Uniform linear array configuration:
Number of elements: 12
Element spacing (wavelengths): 0.25
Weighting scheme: uniform
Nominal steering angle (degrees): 30
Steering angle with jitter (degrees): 28.448
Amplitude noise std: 0.05
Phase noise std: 0.05

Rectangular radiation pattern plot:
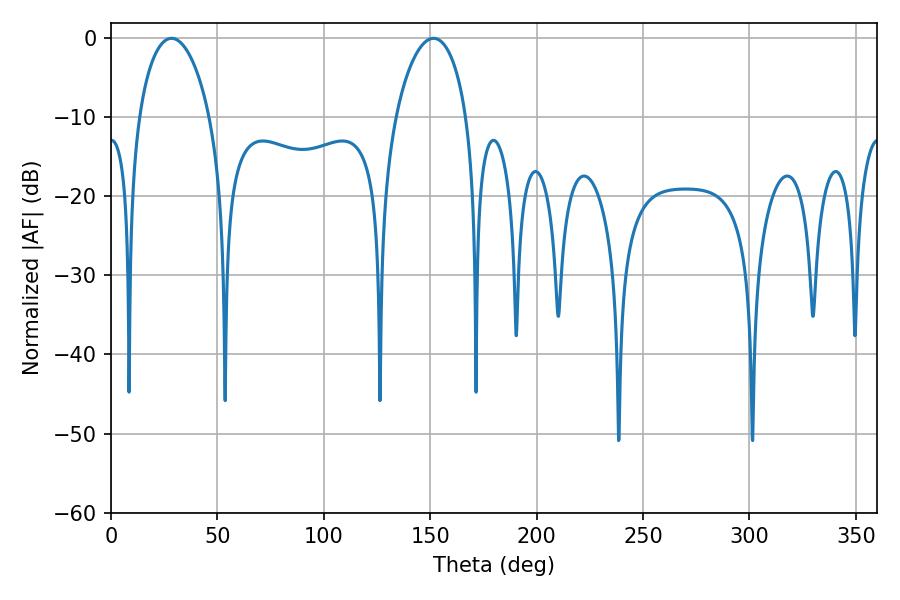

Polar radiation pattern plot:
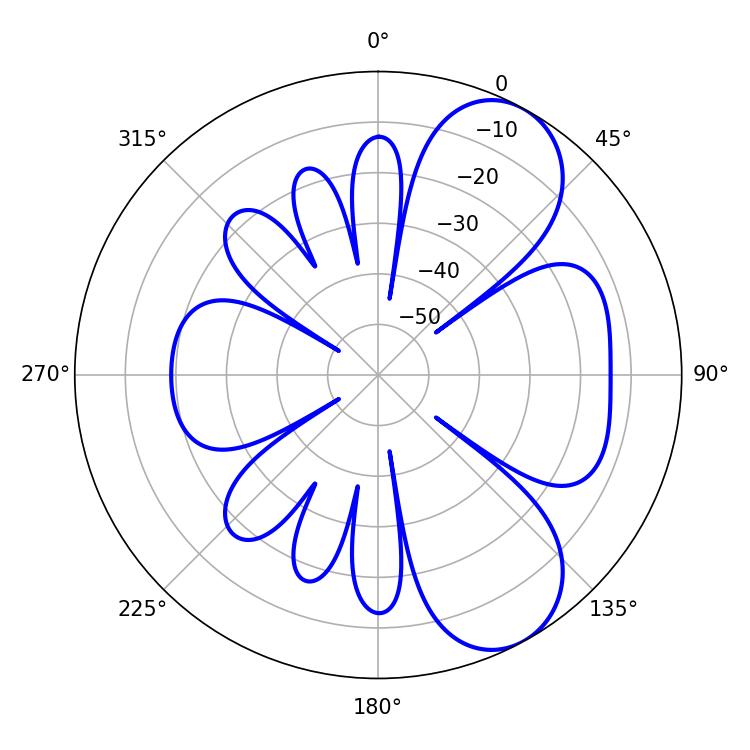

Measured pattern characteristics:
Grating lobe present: FALSE
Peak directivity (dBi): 7.429
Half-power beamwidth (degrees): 18.9
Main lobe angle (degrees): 28.44